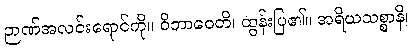
ဉာဏ်အလင်းရောင်ကို။ ဝိဘာဝေတိ၊ ထွန်းပြ၏။ အရိယသစ္စာနိ၊